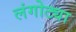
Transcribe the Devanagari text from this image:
लंगोट्या